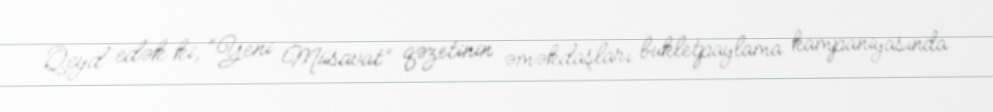
Qeyd edək ki, “Yeni Müsavat” qəzetinin əməkdaşları bukletpaylama kampaniyasında